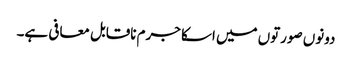
دونوں صورتوں میں اسکا جرم ناقابل معافی ہے۔